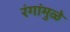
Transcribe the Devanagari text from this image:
रंगांमुळे